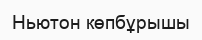
Ньютон көпбұрышы